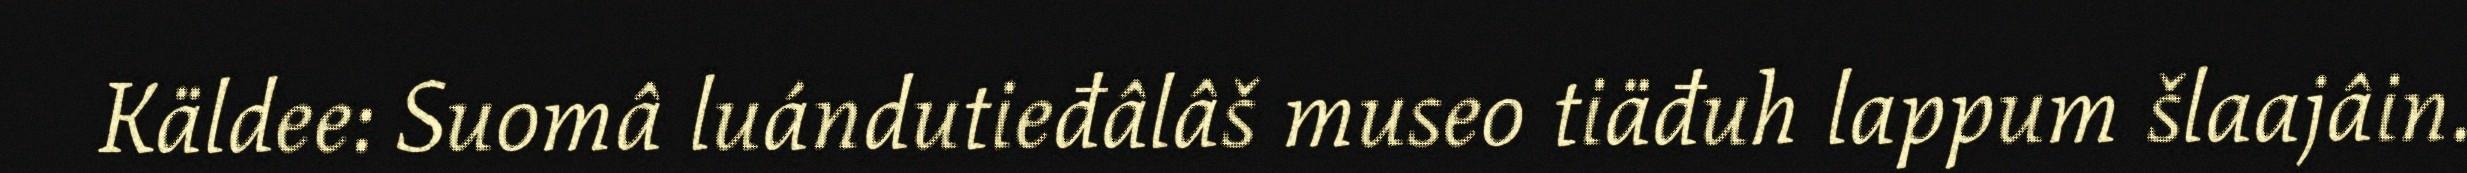
Käldee: Suomâ luándutieđâlâš museo tiäđuh lappum šlaajâin.